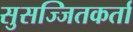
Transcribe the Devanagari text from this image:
सुसज्जितकर्ता